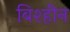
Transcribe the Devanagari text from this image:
बिश्हीन